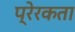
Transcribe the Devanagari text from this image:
प्रेरकता